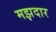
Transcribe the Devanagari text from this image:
मझदार